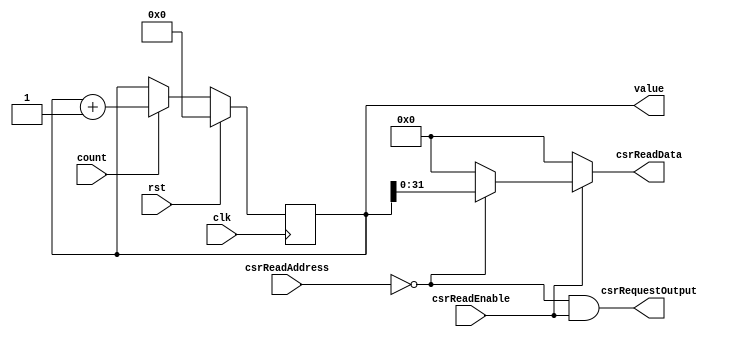
`default_nettype none

module CSR_TimerRegister #(
		parameter ADDRESS_LOWER = 12'h000,
		parameter ADDRESS_UPPER = 12'h000
	)(
		input wire clk,
		input wire rst,

		// CSR interface
		input wire csrReadEnable,
		input wire[11:0] csrReadAddress,
		output reg[31:0] csrReadData,
		output wire csrRequestOutput,

		// System interface
		input wire count,
		output wire[63:0] value
	);

	wire csrReadEnabledLower = csrReadAddress == ADDRESS_LOWER;
	wire csrReadEnabledUpper = csrReadAddress == ADDRESS_UPPER;

	reg[63:0] currentValue = 64'b0;

	always @(posedge clk) begin
		if (rst) begin
			currentValue <= 64'b0;
		end else begin
			if (count) currentValue <= currentValue + 1;
		end
	end

	always @(*) begin
		if (csrReadEnable) begin
			if (csrReadEnabledLower) csrReadData = currentValue[31:0];
			else if (csrReadEnabledUpper) csrReadData = currentValue[63:32];
			else csrReadData = 32'b0;
		end else begin
			csrReadData = 32'b0;
		end
	end

	assign csrRequestOutput = (csrReadEnabledLower || csrReadEnabledUpper) && csrReadEnable;

	assign value = currentValue;

endmodule